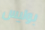
بوليس